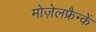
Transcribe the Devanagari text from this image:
मोज़ेलफ्रैन्कें